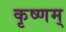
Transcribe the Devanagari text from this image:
कृष्णम्